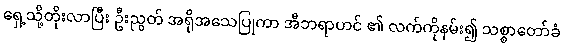
ရှေ့သို့တိုးလာပြီး ဦးညွတ် အရိုအသေပြုကာ အီဘရာဟင် ၏ လက်ကိုနမ်း၍ သစ္စာတော်ခံ